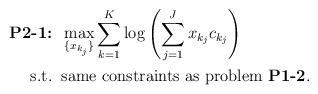
LaTeX: \begin{align*}\mbox{\textbf{P2-1:}} &\;\; \max_{\{x_{k_j}\}} \sum_{k=1}^K {\log\left(\sum_{j=1}^J x_{k_j}c_{k_j}\right)} \\\mbox{s.t.} &\;\; \mbox{same constraints as problem {\bf P1-2}}. \end{align*}